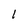
Character: I